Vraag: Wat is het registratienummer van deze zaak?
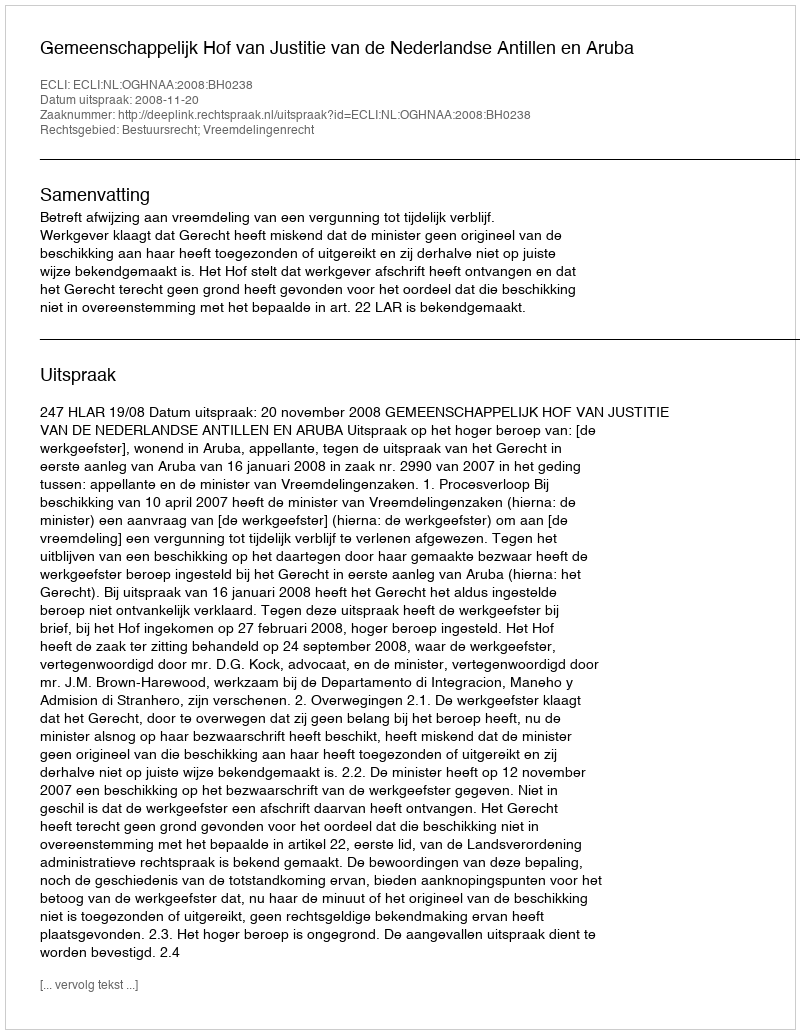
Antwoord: http://deeplink.rechtspraak.nl/uitspraak?id=ECLI:NL:OGHNAA:2008:BH0238